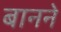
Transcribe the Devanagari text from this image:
बानने